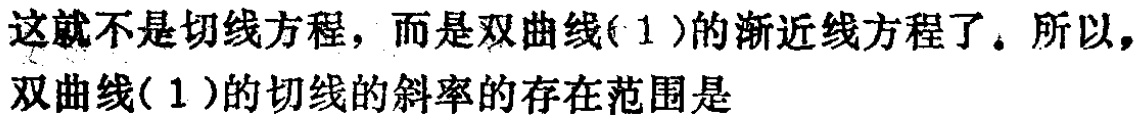
这就不是切线方程，而是双曲线( 1 )的渐近线方程了。所以，双曲线( 1 )的切线的斜率的存在范围是